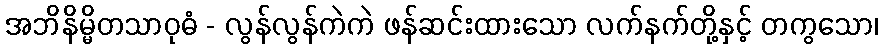
အဘိနိမ္မိတသာဝုဓံ - လွန်လွန်ကဲကဲ ဖန်ဆင်းထားသော လက်နက်တို့နှင့် တကွသော၊